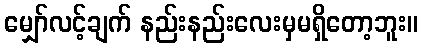
မျှော်လင့်ချက် နည်းနည်းလေးမှမရှိတော့ဘူး။